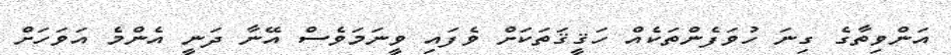
އަންވިތާގެ ގިނަ ހުވަފެންތަކެއް ހަޤީޤަތަކަށް ވެފައި ވީނަމަވެސް އޭނާ ދަނީ އެންމެ އަވަހަށް